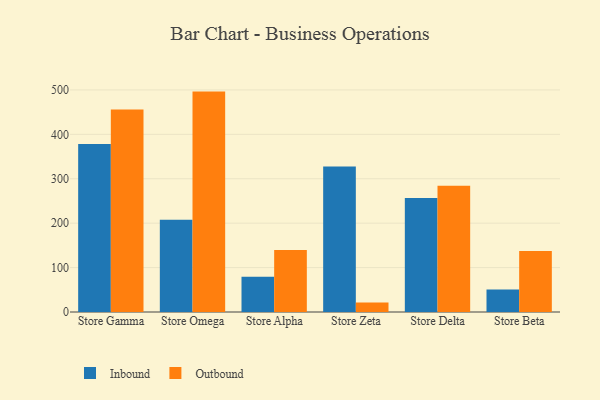
{"axis": {"x": "Store", "y": "Production Output"}, "legend": ["Inbound", "Outbound"], "data": [{"x": "Store Gamma", "y": 378.4, "type": "Inbound"}, {"x": "Store Gamma", "y": 455.9, "type": "Outbound"}, {"x": "Store Omega", "y": 207.9, "type": "Inbound"}, {"x": "Store Omega", "y": 496.2, "type": "Outbound"}, {"x": "Store Alpha", "y": 79.3, "type": "Inbound"}, {"x": "Store Alpha", "y": 139.7, "type": "Outbound"}, {"x": "Store Zeta", "y": 327.7, "type": "Inbound"}, {"x": "Store Zeta", "y": 21.2, "type": "Outbound"}, {"x": "Store Delta", "y": 256.8, "type": "Inbound"}, {"x": "Store Delta", "y": 284.4, "type": "Outbound"}, {"x": "Store Beta", "y": 50.8, "type": "Inbound"}, {"x": "Store Beta", "y": 137.4, "type": "Outbound"}]}